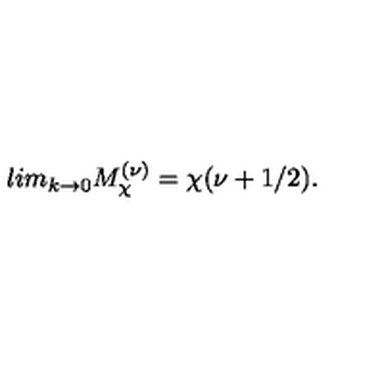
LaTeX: l i m _ { k \rightarrow 0 } M _ { \chi } ^ { ( \nu ) } = \chi ( \nu + 1 / 2 ) .